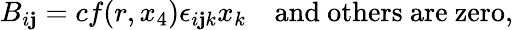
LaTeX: B_{i\mathbf{j}}=cf(r,x_{4})\epsilon_{i\mathbf{j}k}x_{k}\quad\mathrm{{and\ others~are~zero}},